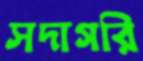
সদাগরি